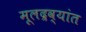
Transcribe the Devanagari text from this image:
मूलद्रव्यांत